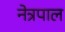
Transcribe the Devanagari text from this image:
नेत्रपाल